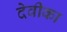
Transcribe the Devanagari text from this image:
देवीका